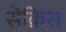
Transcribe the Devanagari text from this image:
सेक्रिस